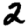
Digit: 2